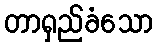
တာရှည်ခံသော